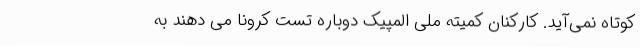
کوتاه نمی‌آید. کارکنان کمیته ملی المپیک دوباره تست کرونا می دهند به